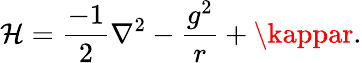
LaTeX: \mathcal{H}={\frac{{-1}}{{2}}}\nabla^{2}-{\frac{{g^{2}}}{{r}}}+\kappar.